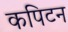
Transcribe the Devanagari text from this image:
कपिटन